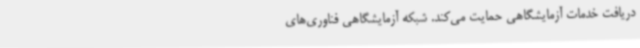
دریافت خدمات آزمایشگاهی حمایت می‌کند. شبکه آزمایشگاهی فناوری‌های